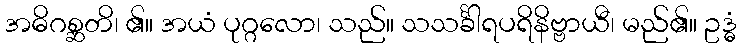
အဓိဂစ္ဆတိ၊ ၏။ အယံ ပုဂ္ဂလော၊ သည်။ သသင်္ခါရပရိနိဗ္ဗာယီ၊ မည်၏။ ဥဒ္ဓံ